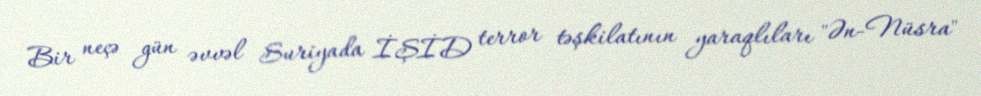
Bir neçə gün əvvəl Suriyada İŞİD terror təşkilatının yaraqlıları "Ən-Nüsra"